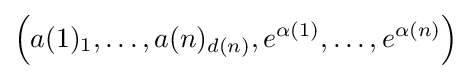
\left(a(1)_{1},\ldots ,a(n)_{d(n)},e^{\alpha (1)},\ldots ,e^{\alpha (n)}\right)